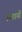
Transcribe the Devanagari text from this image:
मिठायों